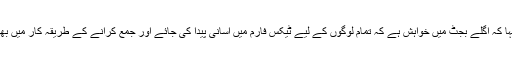
انہوں نے کہا کہ اگلے بجٹ میں خواہش ہے کہ تمام لوگوں کے لیے ٹیکس فارم میں آسانی پیدا کی جائے اور جمع کرانے کے طریقہ کار میں بھی آسانی ہو۔